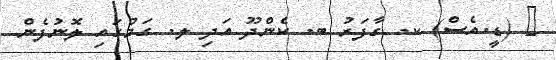
_ (ޑީ.އެސް) ކ. ގާފަރު ބ. ކެންދޫ އަދި ލ. ގަމުގައި ލޮނުފެން